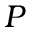
P